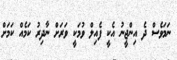
ނަމަވެސް ދެ އިންޖީނު އެކީ ފެއިލް ވުމަކީ ވަރަށް ނާދިރު ކަމެއް ކަމަށް